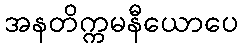
အနတိက္ကမနီယောပေ